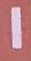
1